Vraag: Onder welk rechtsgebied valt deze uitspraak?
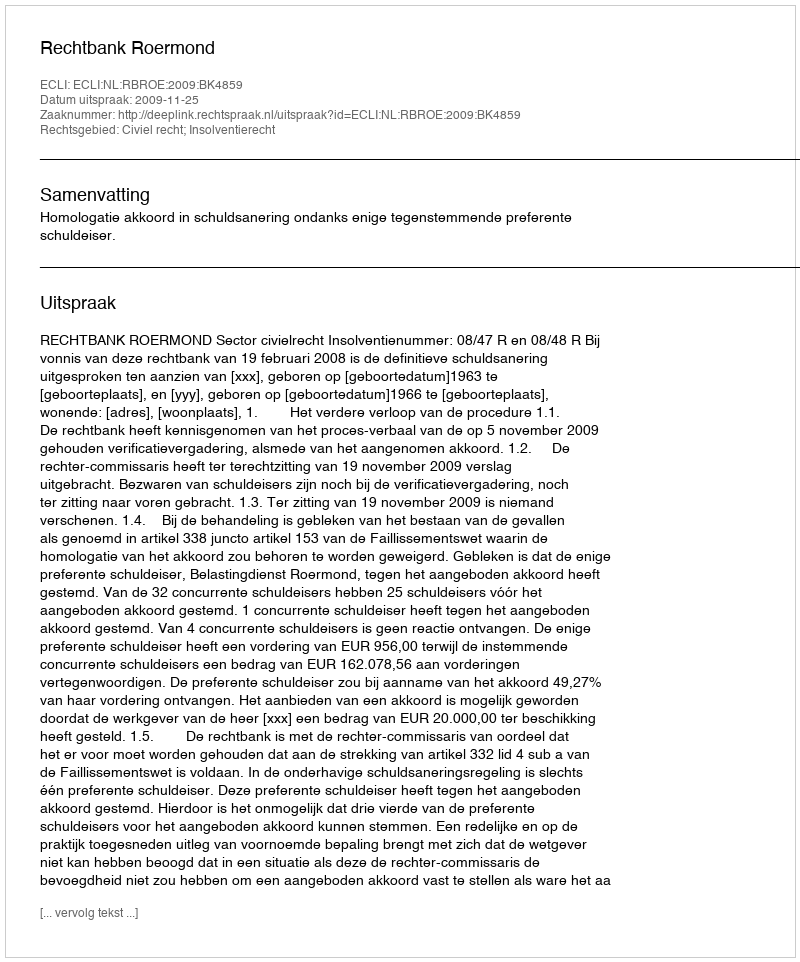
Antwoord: Civiel recht; Insolventierecht